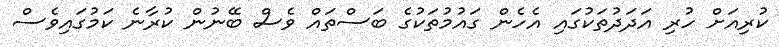
ކުރިއަށް ހުރި އަދަދުތަކުގައި އެހެން ގައުމުތަކުގެ ބަސްތައް ވެސް ބޭނުން ކުރާނެ ކަމުގައިވެސް